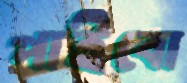
পাইবো